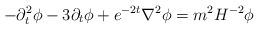
LaTeX: \begin{align*}-{\partial}^2_t \phi-3{\partial}_t \phi+e^{-2t} \nabla^2\phi=m^2 H^{-2} \phi\end{align*}